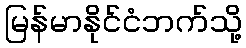
မြန်မာနိုင်ငံဘက်သို့